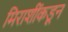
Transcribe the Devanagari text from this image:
मिराशींकडून